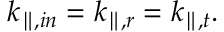
k _ { \parallel , { i n } } = k _ { \parallel , { r } } = k _ { \parallel , { t } } .